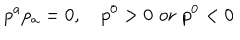
p ^ { a } p _ { a } = 0 , \quad p ^ { 0 } > 0 \, \, \mathrm { o r } \, \, p ^ { 0 } < 0